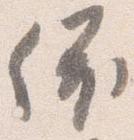
依